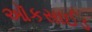
ઑકસાઈડ